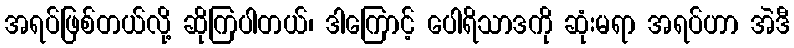
အရပ်ဖြစ်တယ်လို့ ဆိုကြပါတယ်၊ ဒါကြောင့် ပေါရိသာဒကို ဆုံးမရာ အရပ်ဟာ အဲဒီ